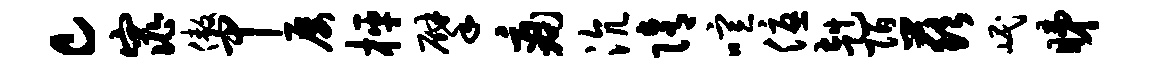
c窕傲甲屡枰擘痛沆隋喧优赳陌兹岷睇